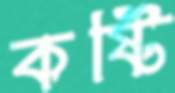
কষ্টি